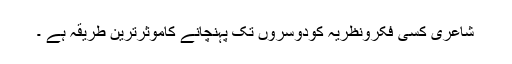
شاعری کسی فکرونظریہ کودوسروں تک پہنچانے کاموثرترین طریقہ ہے ۔